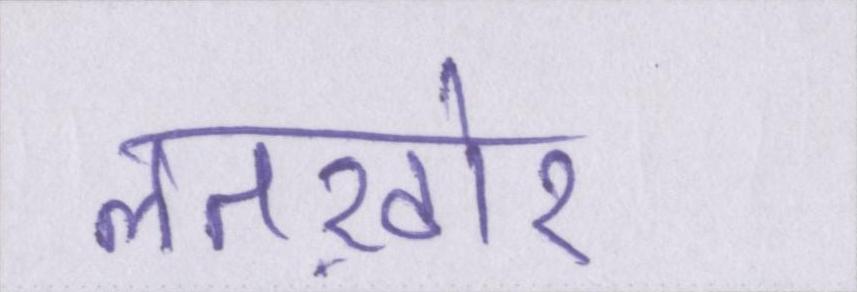
लतख़ोर